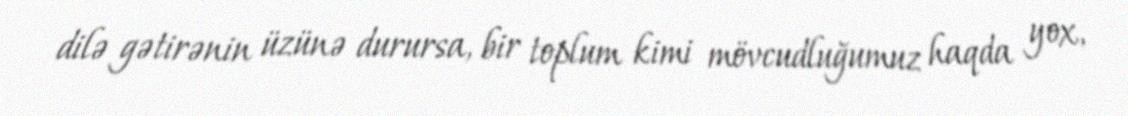
dilə gətirənin üzünə durursa, bir toplum kimi mövcudluğumuz haqda yox,